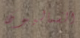
الشماليون